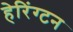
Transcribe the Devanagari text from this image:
हेरिंग्टन